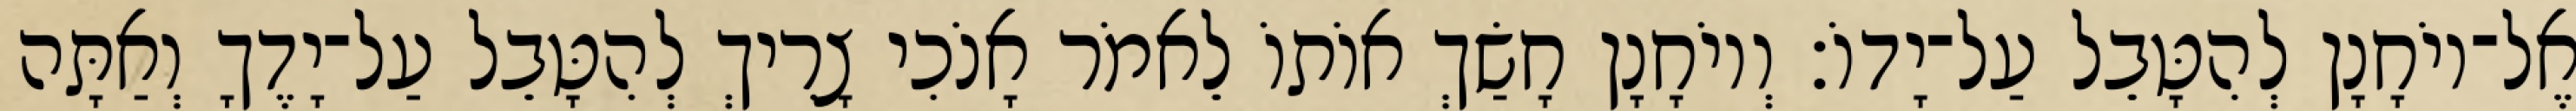
אֶל־יוֹחָנָן לְהִטָּבֵל עַל־יָדוֹ׃ וְיוֹחָנָן חָשַׂךְ אוֹתוֹ לֵאמֹר אָנֹכִי צָרִיךְ לְהִטָּבֵל עַל־יָדֶךָ וְאַתָּה